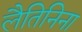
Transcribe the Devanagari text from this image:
लैतिनिना